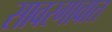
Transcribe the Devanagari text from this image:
सावरगावात